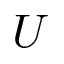
U